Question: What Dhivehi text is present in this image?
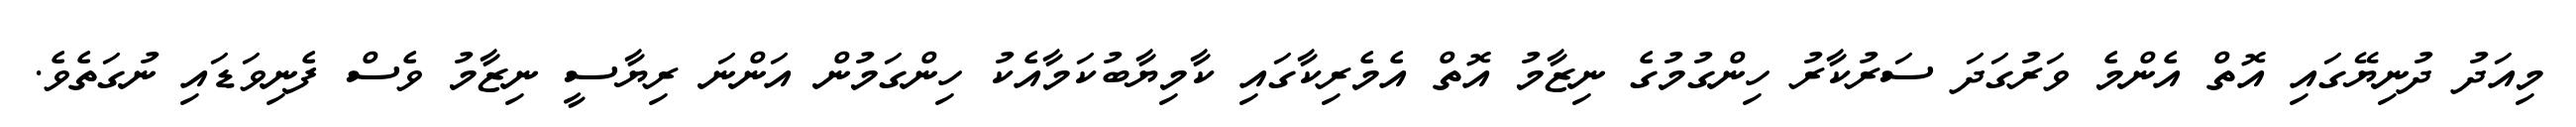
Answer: މިއަދު ދުނިޔޭގައި އޮތް އެންމެ ވަރުގަދަ ސަރުކާރު ހިންގުމުގެ ނިޒާމު އޮތް އެމެރިކާގައި ކާމިޔާބުކަމާއެކު ހިންގަމުން އަންނަ ރިޔާސީ ނިޒާމު ވެސް ފެނިވަޑައި ނުގަތެވެ.